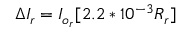
\Delta { I _ { r } } = I _ { o _ { r } } [ 2 . 2 * 1 0 ^ { - 3 } R _ { r } ]